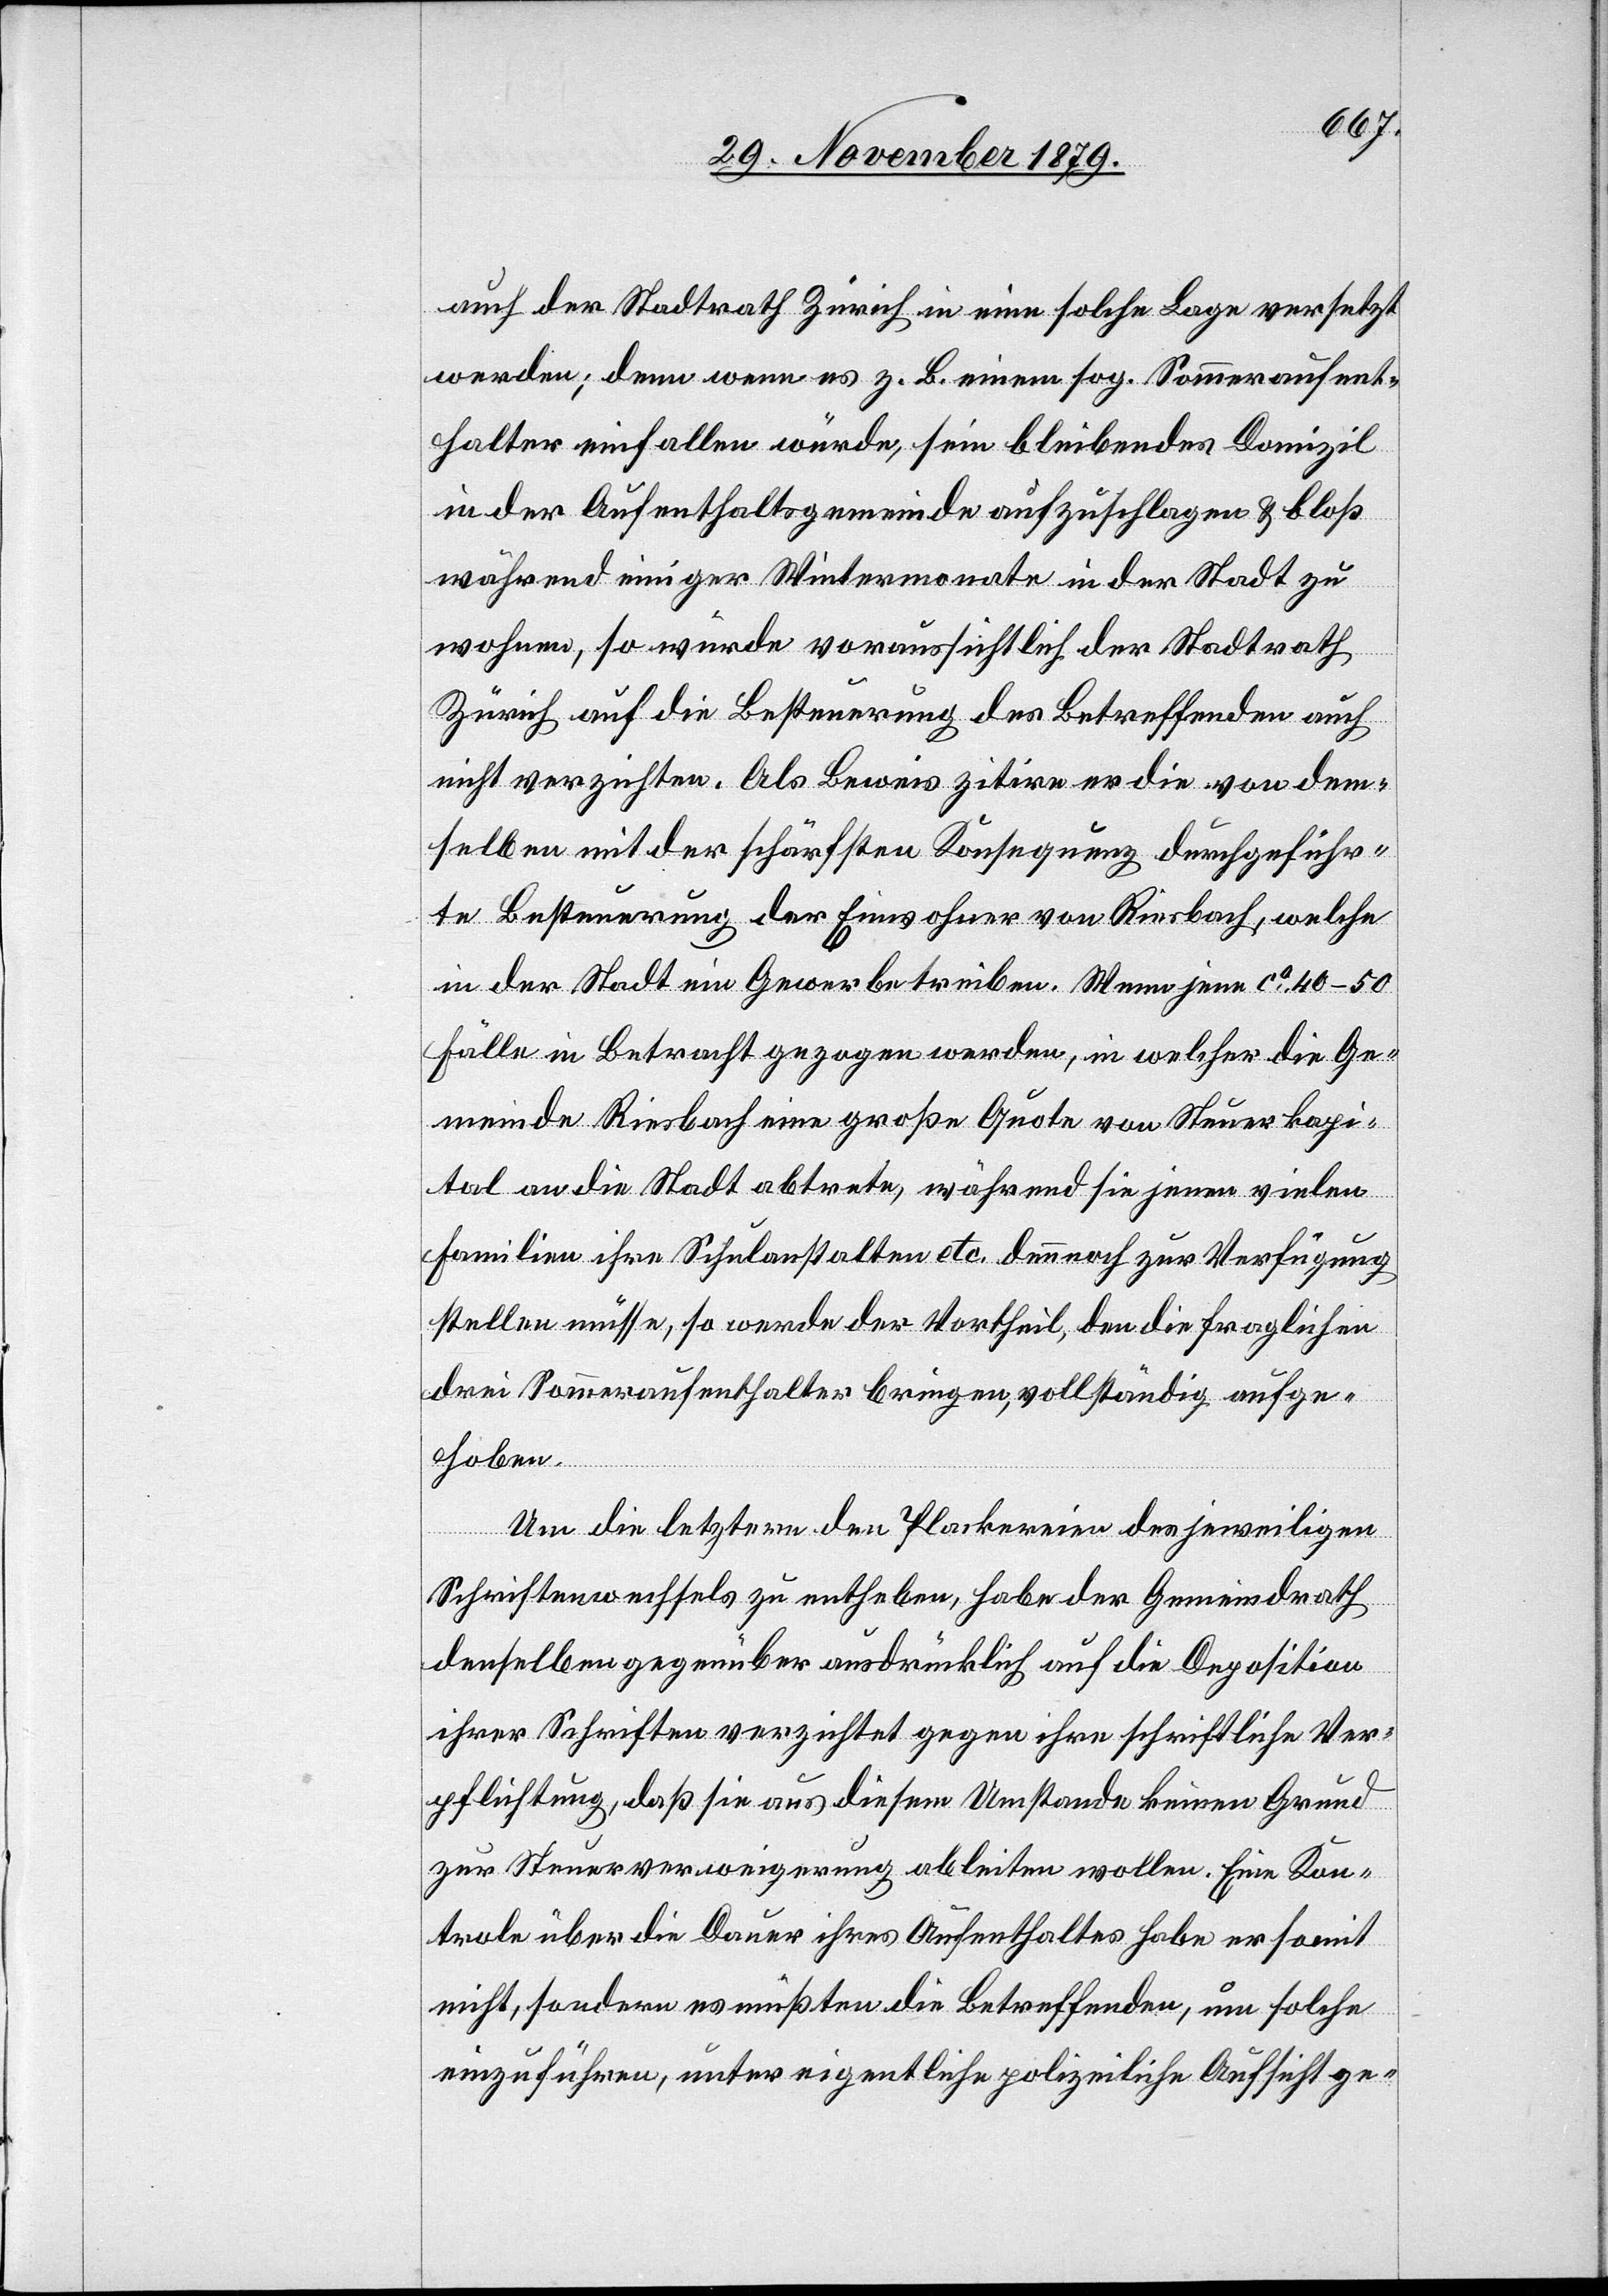
werden; denn wenn es z. B. einem sog. Sommeraufent¬
halter einfallen würde, sein bleibendes Domizil
in der Aufenthaltsgemeinde aufzuschlagen & bloß
während einiger Wintermonate in der Stadt zu
wohnen, so würde voraussichtlich der Stadtrath
Zürich auf die Besteuerung des Betreffenden n¬
icht verzichten. Als Beweis zitire er die von dem¬
selben mit der schärfsten Konsequenz durchgeführ¬
te Besteuerung der Einwohner von Riesbach, welche
in der Stadt Gewerbe treiben. Wenn jene ca 40–50
Fälle in Betracht gezogen werden, in welche die Ge¬
meinde Riesbach eine große Quote von Steuerkapi¬
tal an die Stadt abtrete, während sie jenen vielen
Familien ihre Schulanstalten etc. dennoch zur Verfügung
stellen müsse, so werde der Vortheil, den die fraglichen
drei Sommeraufenthalter bringen, vollständig aufge¬
hoben.
Um die letztern den Plackereien des jeweiligen
Schriftenwechsels zu entheben, habe der Gemeindrath
denselben gegenüber ausdrücklich auf die Deposition
ihrer Schriften verzichtet gegen ihre schriftliche Ver¬
pflichtung, daß sie aus diesem Umstande keinen Grund
zur Steuerverweigerung ableiten wollen. Eine Kon¬
trole über die Dauer ihres Aufenthaltes habe er somit
nicht, sondern es müßten die Betreffenden, um solche
einzuführen, unter eigentliche polizeiliche Aufsicht ge-